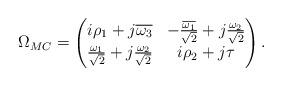
LaTeX: \begin{align*}\Omega_{MC}=\begin{pmatrix} i\rho_1 +j\overline{\omega_3}& -\frac{\overline{\omega_1}}{\sqrt{2}}+j\frac{\omega_2}{\sqrt{2}}\\ \frac{\omega_1}{\sqrt{2}}+j\frac{\omega_2}{\sqrt{2}} & i\rho_2+j\tau \end{pmatrix}. \end{align*}